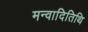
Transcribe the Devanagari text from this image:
मन्वादितिथि